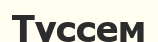
Түссем